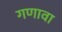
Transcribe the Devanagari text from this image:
गणावा